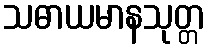
သဓာယမာနသုတ္တ